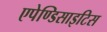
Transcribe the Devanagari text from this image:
एपेण्डिसाइटिस